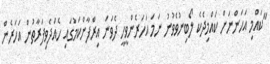
"ކައްމި އަހަންނަށް ކައްމިދެކެ ލޯބިނުވެވުނު ނަމަ އަހަރެންވީހީ ދެވަނަ އިރްފާންކަމުގައި ހެއްދެވިފަރާތުން އަހަރެން